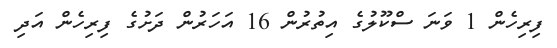
ފިރިހެން 1 ވަނަ ސްކޫލުގެ އިތުރުން 16 އަހަރުން ދަށުގެ ފިރިހެން އަދި